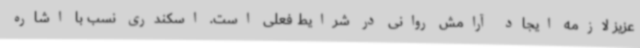
عزیز لازمه ایجاد آرامش روانی در شرایط فعلی است. اسکندری نسب با اشاره